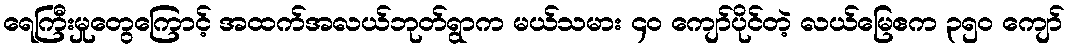
ရေကြီးမှုတွေကြောင့် အထက်အလယ်ဘုတ်ရွာက မယ်သမား ၄၀ ကျော်ပိုင်တဲ့ လယ်မြေဧက ၃၅၀ ကျော်